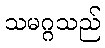
သမဂ္ဂသည်